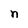
Character: n